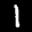
Label: 1